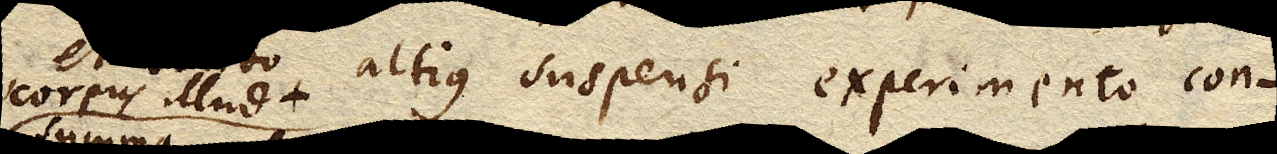
altius suspensi experimento con–